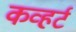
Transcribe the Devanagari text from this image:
कव्हर्ट